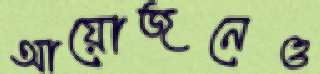
আয়োজনেও